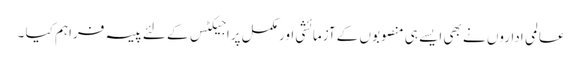
عالمی اداروں نے بھی ایسے ہی منصوبوں کے آزمائشی اور مکمل پراجیکٹس کے لئے پیسہ فراہم کیا ۔